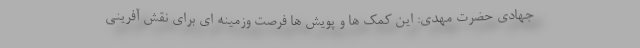
جهادی حضرت مهدی: این کمک ها و پویش ها فرصت وزمینه ای برای نقش آفرینی